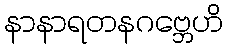
နာနာရတနဂဗ္ဘေဟိ